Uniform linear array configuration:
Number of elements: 12
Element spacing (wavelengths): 1
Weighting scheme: kaiser
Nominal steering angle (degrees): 45
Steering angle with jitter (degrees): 45.024
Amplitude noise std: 0.05
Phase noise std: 0.05

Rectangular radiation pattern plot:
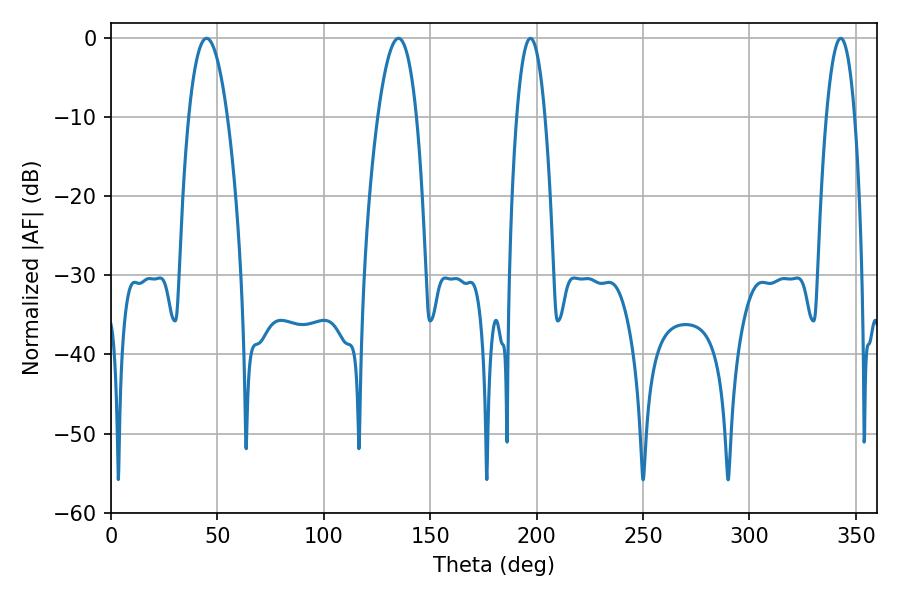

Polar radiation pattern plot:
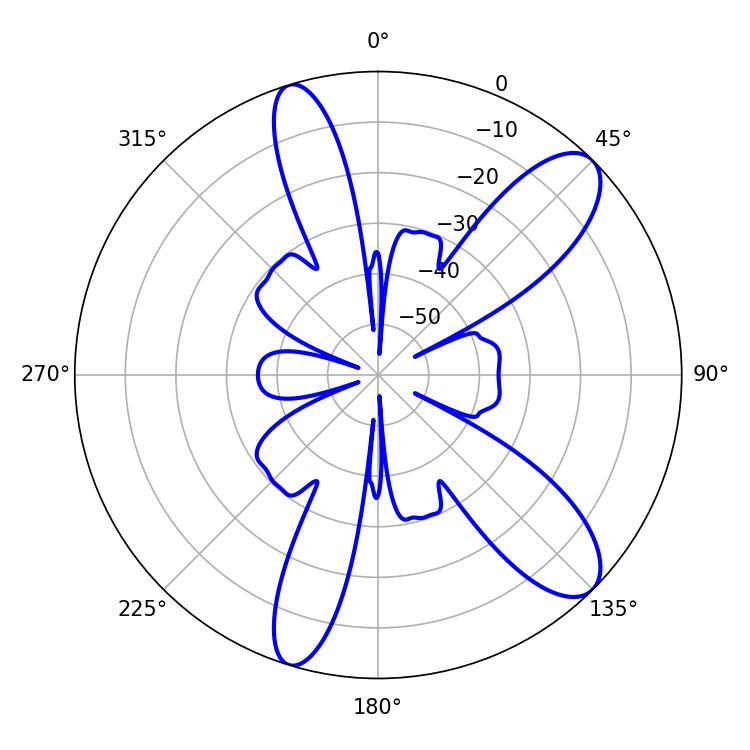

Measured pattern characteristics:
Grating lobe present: TRUE
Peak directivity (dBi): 10.348
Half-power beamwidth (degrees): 7.38
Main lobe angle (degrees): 197.1